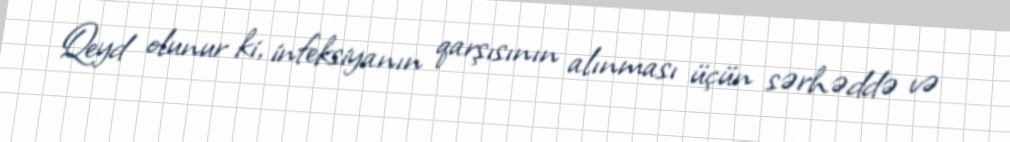
Qeyd olunur ki, infeksiyanın qarşısının alınması üçün sərhəddə və